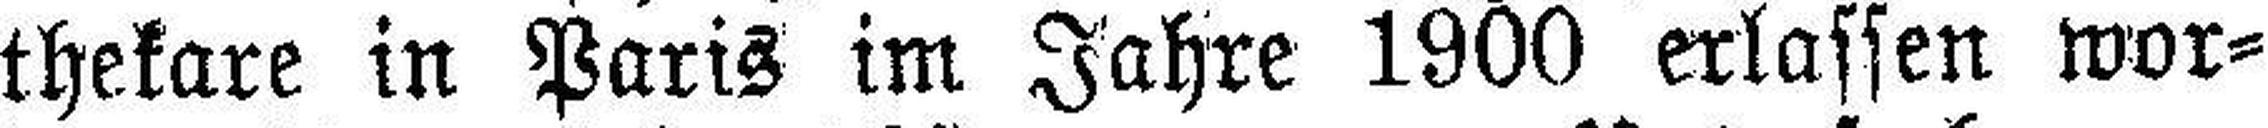
thekare in Paris im Jahre 1900 erlassen wor¬